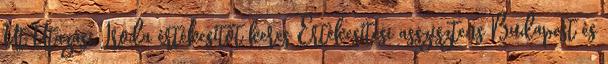
Út Utazási Iroda értékesítőt keres Értékesítési asszisztens Budapest és